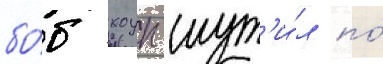
бо́б хоуп шут'и́л по́